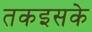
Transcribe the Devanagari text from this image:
तकइसके